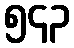
၅၄၃